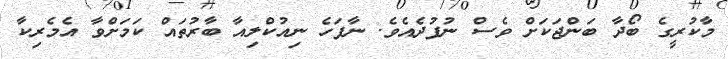
މާކުރީގެ ބޯދާ ބަންޖަކަށް ވެސް ނުފުދެއެވެ. ނާފަހެ ނިއުކްލިއާ ބާރުތައް ކަމަށްވާ އެމެރިކާ